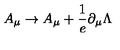
A _ { \mu } \to A _ { \mu } + \frac { 1 } { e } \partial _ { \mu } \Lambda